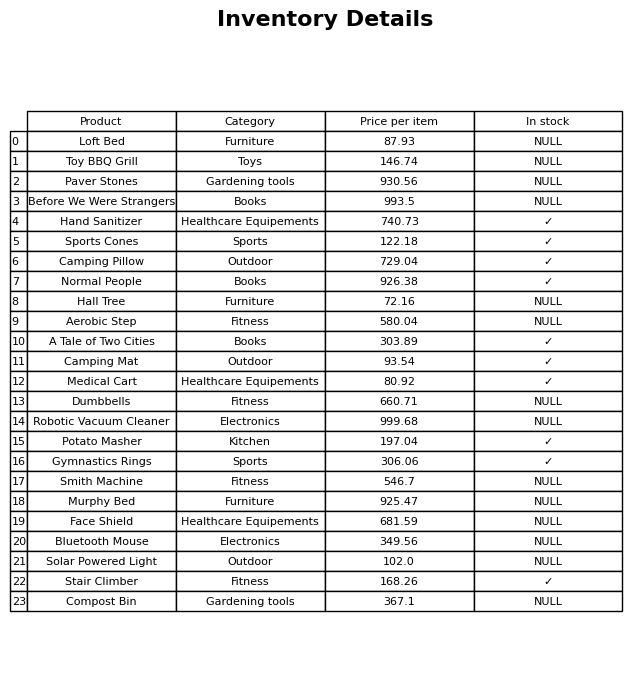
question: What is the price of the Loft Bed?
answer: The price of Loft Bed is 87.93.